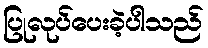
ပြုလုပ်ပေးခဲ့ပါသည်